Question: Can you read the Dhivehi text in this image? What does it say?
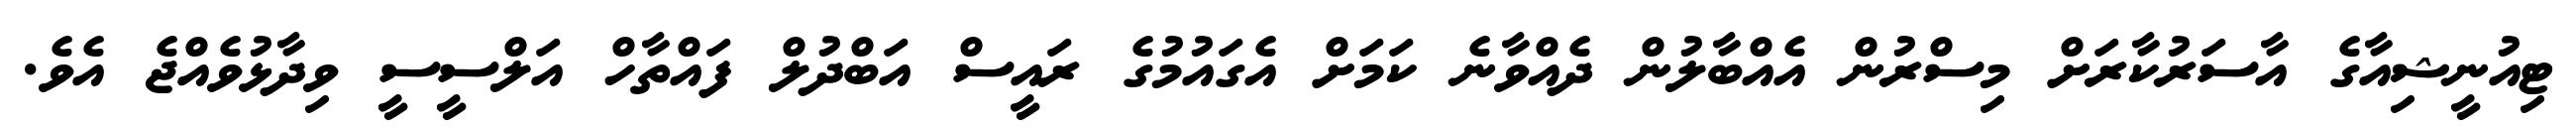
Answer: ޓިއުނީޝިއާގެ އާސަރުކާރަށް މިސްރުން އެއްބާލުން ދެއްވާނެ ކަމަށް އެގައުމުގެ ރައީސް އަބްދުލް ފައްތާހް އަލްސީސީ ވިދާޅުވެއްޖެ އެވެ.